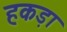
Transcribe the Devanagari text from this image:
हकड़ा